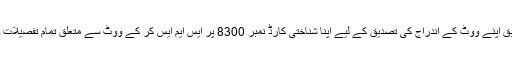
الیکشن کمیشن کے مطابق اپنے ووٹ کے اندراج کی تصدیق کے لیے اپنا شناختی کارڈ نمبر 8300 پر ایس ایم ایس کر کے ووٹ سے متعلق تمام تفصیلات حاصل کی جاسکتی ہیں۔